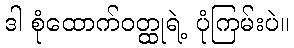
ဒါ စုံထောက်ဝတ္ထုရဲ့ ပုံကြမ်းပဲ။